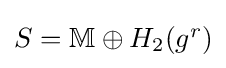
\textstyle S=\mathbb {M} \oplus H_{2}(g^{r})